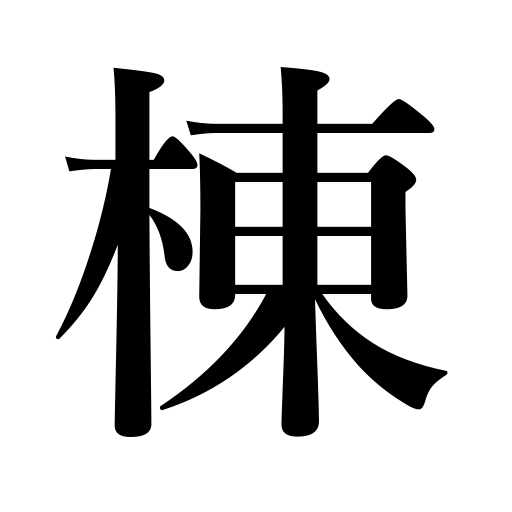
Meanings: ridge,counter for buildings,ridgepole